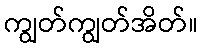
ကျွတ်ကျွတ်အိတ်။